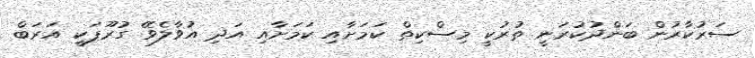
ސަރުކާރުން ބަންދުކުރަނީ ތުރުކީ މިސްކިތް ކަމަށާއި ކަމަށާއި އަދި އުވާލެވޭ ގުރޫޕަކީ އަރަބް